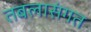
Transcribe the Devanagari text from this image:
तबलासंगत